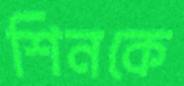
শিনকে